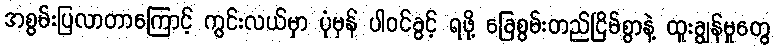
အစွမ်းပြလာတာကြောင့် ကွင်းလယ်မှာ ပုံမှန် ပါဝင်ခွင့် ရဖို့ ခြေစွမ်းတည်ငြိမ်စွာနဲ့ ထူးချွန်မှုတွေ